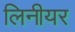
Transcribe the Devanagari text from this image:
लिनीयर